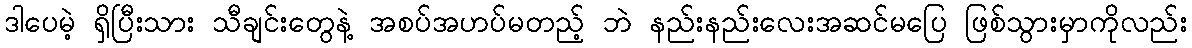
ဒါပေမဲ့ ရှိပြီးသား သီချင်းတွေနဲ့ အစပ်အဟပ်မတည့် ဘဲ နည်းနည်းလေးအဆင်မပြေ ဖြစ်သွားမှာကိုလည်း